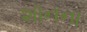
શૉનના